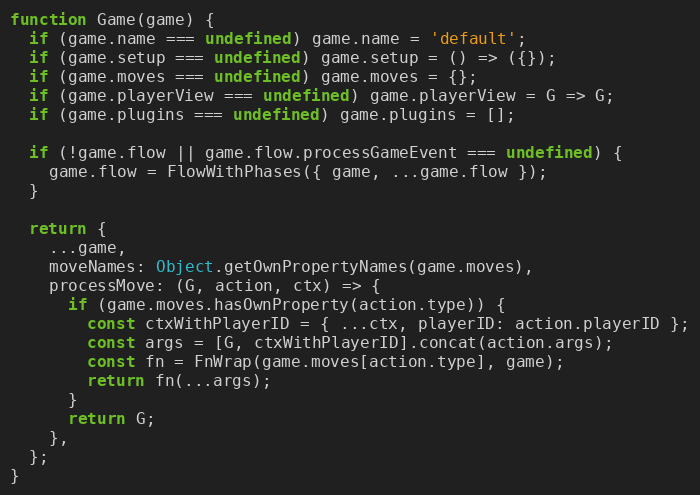
Language: JavaScript
function Game(game) {
  if (game.name === undefined) game.name = 'default';
  if (game.setup === undefined) game.setup = () => ({});
  if (game.moves === undefined) game.moves = {};
  if (game.playerView === undefined) game.playerView = G => G;
  if (game.plugins === undefined) game.plugins = [];

  if (!game.flow || game.flow.processGameEvent === undefined) {
    game.flow = FlowWithPhases({ game, ...game.flow });
  }

  return {
    ...game,
    moveNames: Object.getOwnPropertyNames(game.moves),
    processMove: (G, action, ctx) => {
      if (game.moves.hasOwnProperty(action.type)) {
        const ctxWithPlayerID = { ...ctx, playerID: action.playerID };
        const args = [G, ctxWithPlayerID].concat(action.args);
        const fn = FnWrap(game.moves[action.type], game);
        return fn(...args);
      }
      return G;
    },
  };
}